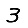
Digit: 3